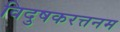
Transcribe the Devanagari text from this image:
विदुषकरत्तनम